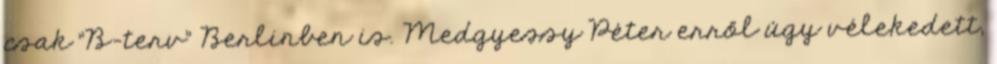
csak "B-terv" Berlinben is. Medgyessy Péter erről úgy vélekedett,